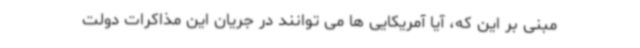
مبنی بر این که، آیا آمریکایی ها می توانند در جریان این مذاکرات دولت